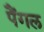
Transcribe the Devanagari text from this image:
पैंगल